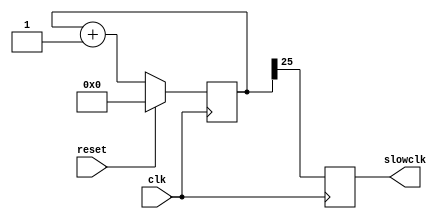
`timescale 1ns / 1ps
//////////////////////////////////////////////////////////////////////////////////
// Company: 
// Engineer: 
// 
// Design Name: 
// Module Name:    clockdiv 
// Project Name: 
// Target Devices: 
// Tool versions: 
// Description: 
//
// Dependencies: 
//
// Revision: 
// Revision 0.01 - File Created
// Additional Comments: 
//
//////////////////////////////////////////////////////////////////////////////////
module clockdiv(
input clk,
    input reset,
    output reg slowclk
    );
	 
	 reg [25:0]count;
	always@(posedge clk)
	begin
	      if(reset)
			count<=26'b0;
			else
			count<=count+1;
			slowclk<=count[25];
	end

endmodule